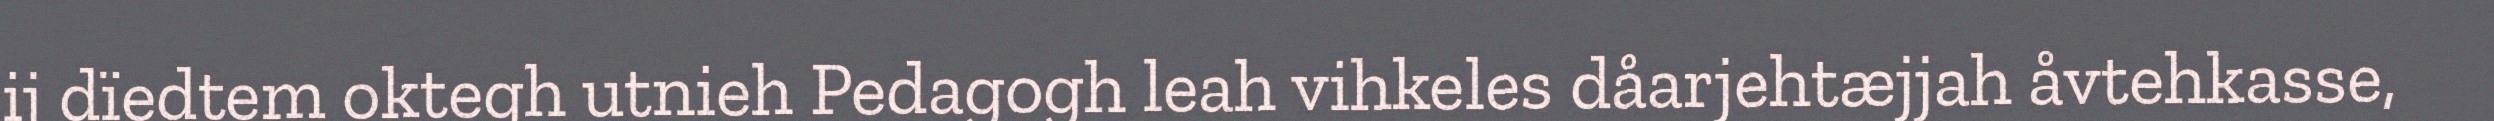
ij dïedtem oktegh utnieh Pedagogh leah vihkeles dåarjehtæjjah åvtehkasse,